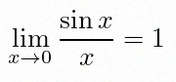
\lim_{x\to0}\frac{\sin x}{x}=1